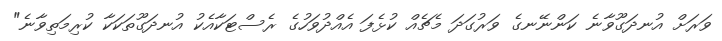
ވަރަށް އުނދަގޫވާނެ ކަންނޭނގެ ވަރުގަދަ މެޗެއް ކުޅެފަ އެއްދުވަހުގެ ރެސްޓަކާއެކު އުނދަގޫތަކަކާ ކުރިމަތިވާނެ"